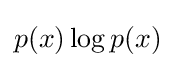
p(x)\log p(x)